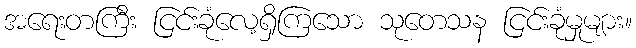
အရေးတကြီး ငြင်းခုံလေ့ရှိကြသော သုတေသန ငြင်းခုံမှုများ။